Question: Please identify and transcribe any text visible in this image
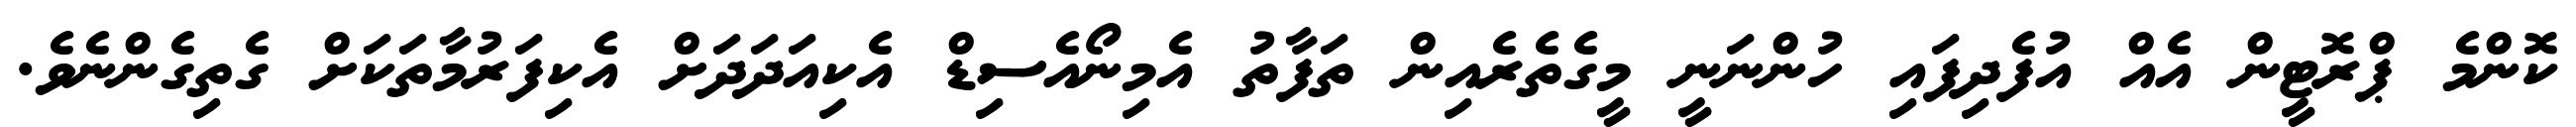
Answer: ކޮންމެ ޕްރޮޓީން އެއް އުފެދިފައި ހުންނަނީ މީގެތެރެއިން ތަފާތު އެމިނޯއެސިޑް އެކިއަދަދަށް އެކިފަރުމާތަކަށް ގެތިގެންނެވެ.